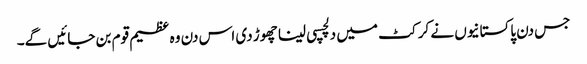
جس دن پاکستانیوں نے کرکٹ میں دلچسپی لینا چھوڑ دی اس دن وہ عظیم قوم بن جائیں گے۔